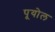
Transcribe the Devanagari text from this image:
पूयोल